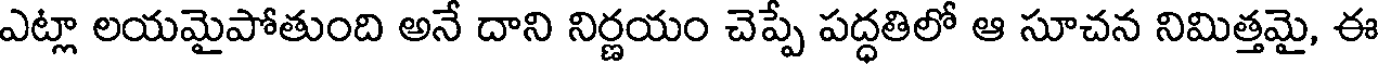
ఎట్లా లయమైపోతుంది అనే దాని నిర్ణయం చెప్పే పద్ధతిలో ఆ సూచన నిమిత్తమై, ఈ